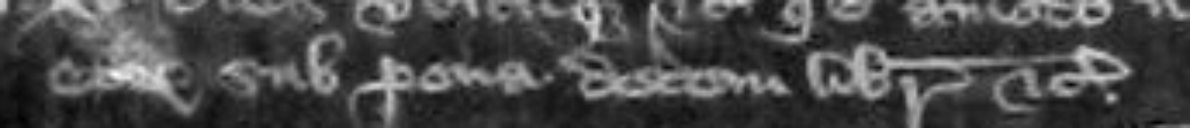
corporum sub pena decem librarum etc